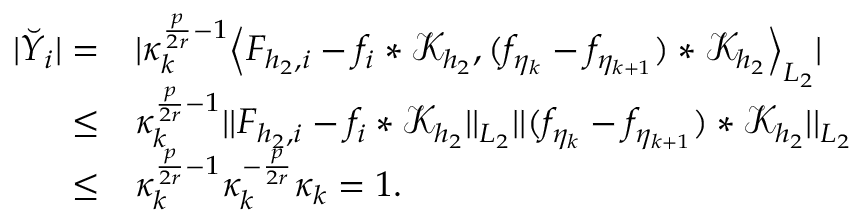
\begin{array} { r l } { \vert \breve { Y } _ { i } \vert = } & { \vert \kappa _ { k } ^ { \frac { p } { 2 r } - 1 } \Big \langle F _ { { h _ { 2 } } , i } - f _ { i } * \mathcal { K } _ { h _ { 2 } } , ( f _ { \eta _ { k } } - f _ { \eta _ { k + 1 } } ) * \mathcal { K } _ { h _ { 2 } } \Big \rangle _ { L _ { 2 } } \vert } \\ { \le } & { \kappa _ { k } ^ { \frac { p } { 2 r } - 1 } \vert \vert F _ { { h _ { 2 } } , i } - f _ { i } * \mathcal { K } _ { h _ { 2 } } \vert \vert _ { L _ { 2 } } \vert \vert ( f _ { \eta _ { k } } - f _ { \eta _ { k + 1 } } ) * \mathcal { K } _ { h _ { 2 } } \vert \vert _ { L _ { 2 } } } \\ { \le } & { \kappa _ { k } ^ { \frac { p } { 2 r } - 1 } \kappa _ { k } ^ { - \frac { p } { 2 r } } \kappa _ { k } = 1 . } \end{array}